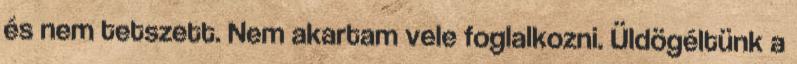
és nem tetszett. Nem akartam vele foglalkozni. Üldögéltünk a